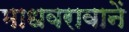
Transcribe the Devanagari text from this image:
माधवरावानें